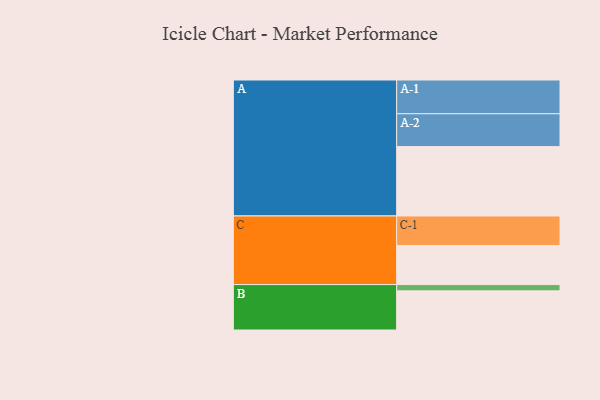
{"axis": {"x": "Segment", "y": "Value"}, "legend": ["", "A", "B", "C"], "data": [{"x": "A", "y": 553, "type": ""}, {"x": "B", "y": 312, "type": ""}, {"x": "C", "y": 311, "type": ""}, {"x": "A-1", "y": 269, "type": "A"}, {"x": "A-2", "y": 262, "type": "A"}, {"x": "B-1", "y": 50, "type": "B"}, {"x": "C-1", "y": 236, "type": "C"}]}